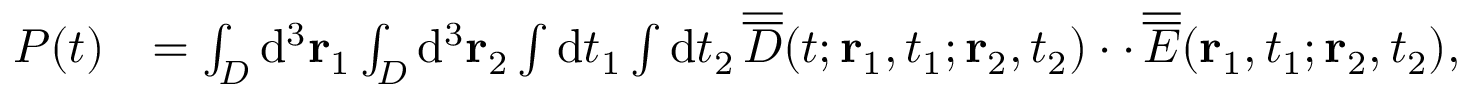
\begin{array} { r l } { P ( t ) } & { = \int _ { \cal D } \mathrm { d } ^ { 3 } { \bf r } _ { 1 } \int _ { \cal D } \mathrm { d } ^ { 3 } { \bf r } _ { 2 } \int \mathrm { d } t _ { 1 } \int \mathrm { d } t _ { 2 } \, \overline { { \overline { { D } } } } ( t ; { \bf r } _ { 1 } , t _ { 1 } ; { \bf r } _ { 2 } , t _ { 2 } ) \cdot \cdot \, \overline { { \overline { { E } } } } ( { \bf r } _ { 1 } , t _ { 1 } ; { \bf r } _ { 2 } , t _ { 2 } ) , } \end{array}